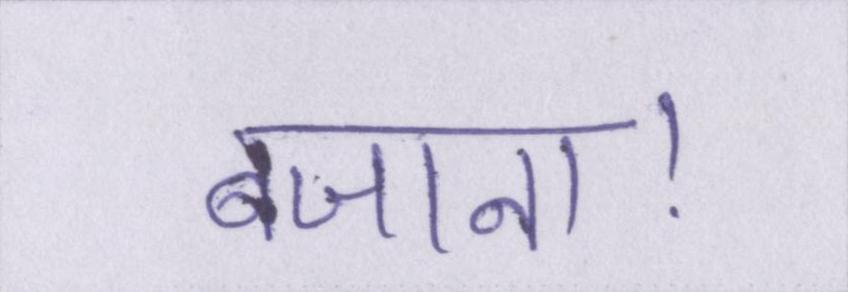
बजाना।